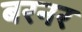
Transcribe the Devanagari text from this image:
बरनर